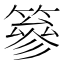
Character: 篸